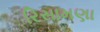
રિસામણા